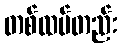
တစ်ထပ်တည်း